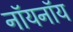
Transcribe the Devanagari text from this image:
नॉयनॉय